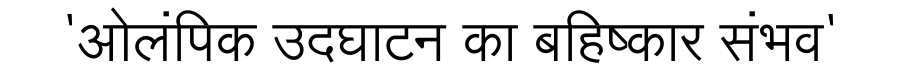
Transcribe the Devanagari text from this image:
'ओलंपिक उदघाटन का बहिष्कार संभव'